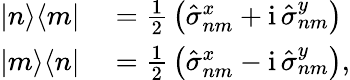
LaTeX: \begin{array}{rl}{|n\rangle\langle m|}&{{}={\frac{1}{2}}\left(\hat{\sigma}_{nm}^{x}+\mathrm{i}\, \hat{\sigma}_{nm}^{y}\right)}\\ {|m\rangle\langle n|}&{{}={\frac{1}{2}}\left(\hat{\sigma}_{nm}^{x}-\mathrm{i}\, \hat{\sigma}_{nm}^{y}\right),}\end{array}